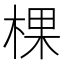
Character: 棵